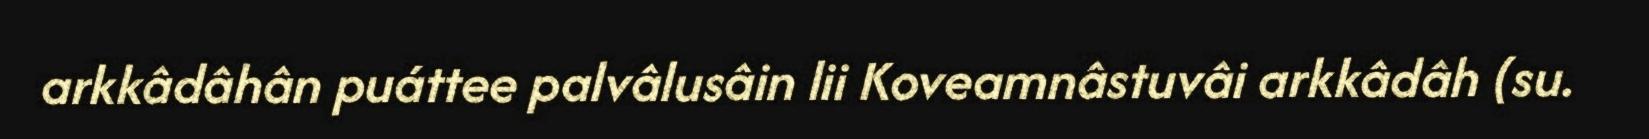
arkkâdâhân puáttee palvâlusâin lii Koveamnâstuvâi arkkâdâh (su.